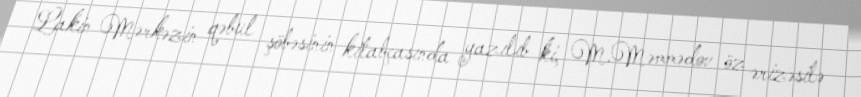
Lakin Mərkəzin qəbul şöbəsinin kitabçasında yazılıb ki, M.Məmmədov öz ərizəsilə